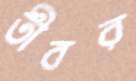
তীবর